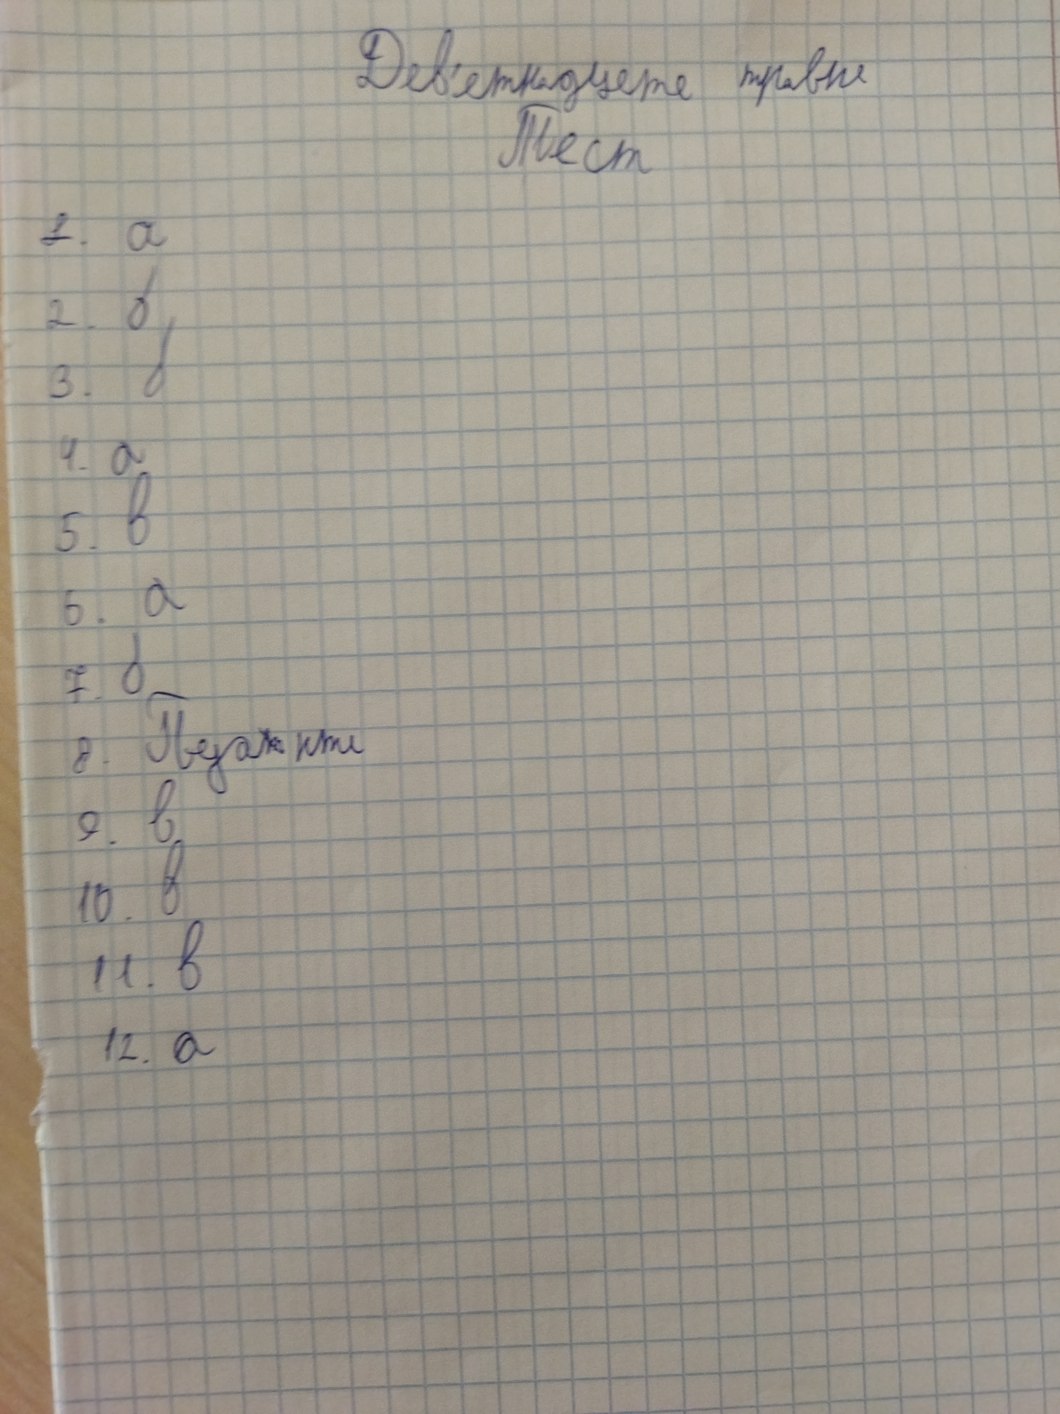
Дев'ятнадцяте травня
Тест
1. a
2. б
3. б
4. a
5. в
6. a
7. б
8. Пуанти
9. в
10. в
11. в
12. a